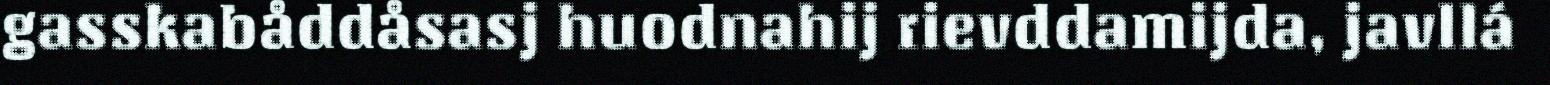
gasskabåddåsasj huodnahij rievddamijda, javllá